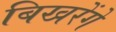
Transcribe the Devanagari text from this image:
बिखरेंगे